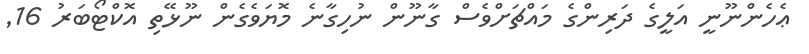
ޢެހެންނޫނީ އަލީގެ ދަރިންގެ މައްޗަށްވެސް ގާނޫން ނުހިގާނެ މޮޔަވެގެން ނޫޅޭތި އޮކްޓޯބަރު 16